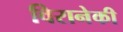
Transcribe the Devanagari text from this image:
विरानेकी